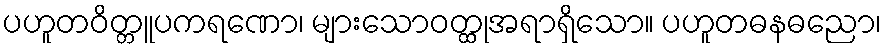
ပဟူတဝိတ္တူပကရဏော၊ များသောဝတ္ထုအရာရှိသော။ ပဟူတဓနဓညော၊